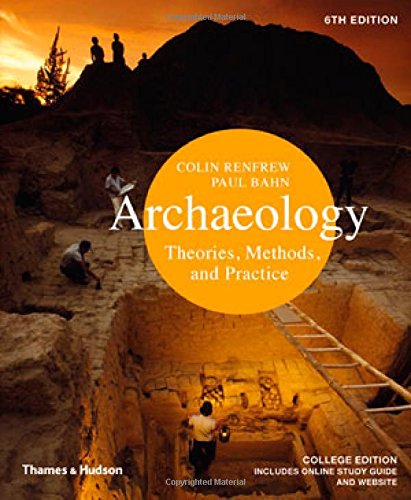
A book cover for Archaeology: Theories, Methods, and Practice (Sixth Edition); Colin Renfrew; Science & Math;